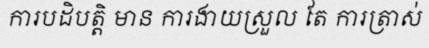
ការបដិបត្តិ មាន ការងាយស្រួល តែ ការត្រាស់